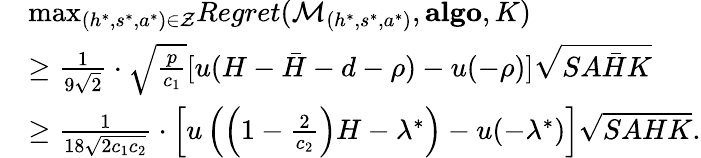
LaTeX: \begin{array}{rl}&{\mathop{\operatorname*{max}}_{(h^{*},s^{*},a^{*})\in\mathcal{Z}}Regret(\mathcal{M}_{(h^{*},s^{*},a^{*})},\textbf{algo},K)}\\ &{\ge\frac{1}{9\sqrt{2}}\cdot\sqrt{\frac{p}{c_{1}}}[u(H-\bar{H}-d-\rho)-u(-\rho)]\sqrt{SA\bar{H}K}}\\ &{\geq\frac{1}{18\sqrt{2c_{1}c_{2}}}\cdot\left[u\left(\left(1-\frac{2}{c_{2}}\right)H-\lambda^{*}\right)-u(-\lambda^{*})\right]\sqrt{SAHK}.}\end{array}